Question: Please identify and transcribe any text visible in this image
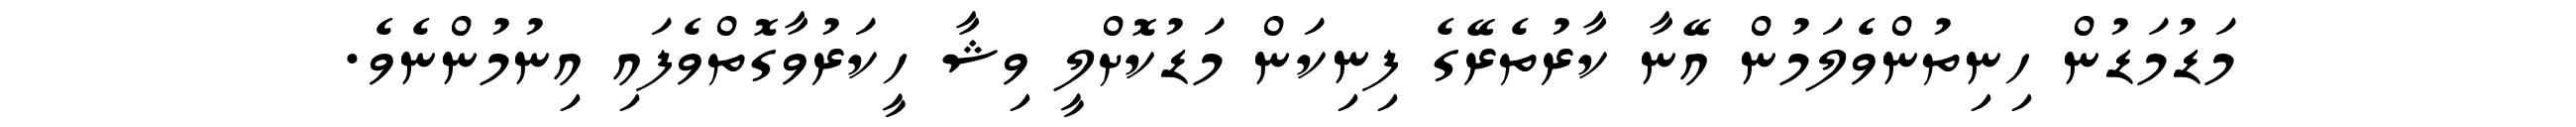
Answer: މަޑުމަޑުން ހިނިތުންވެލަމުން އޭނާ ކާރުތެރޭގެ ފިނިކަން މަޑުކޮށްލީ ވިޝާ ހީކަރުވާގޮތްވެފައި އިނުމުންނެވެ.